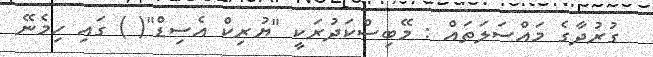
ގުރުދާގެ މައްސަލަތައް : މޭބިސްކަދުރަކީ "ޔުރިކް އެސިޑް"( ) ގައި ހިމެނޭ